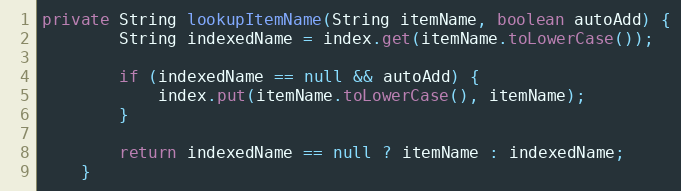
Language: Java
private String lookupItemName(String itemName, boolean autoAdd) {
        String indexedName = index.get(itemName.toLowerCase());

        if (indexedName == null && autoAdd) {
            index.put(itemName.toLowerCase(), itemName);
        }

        return indexedName == null ? itemName : indexedName;
    }